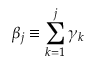
\beta _ { j } \equiv \sum _ { k = 1 } ^ { j } \gamma _ { k }